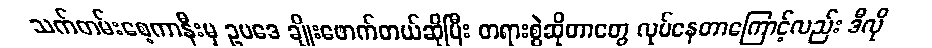
သက်တမ်းစေ့ကာနီးမှ ဥပဒေ ချိုးဖောက်တယ်ဆိုပြီး တရားစွဲဆိုတာတွေ လုပ်နေတာကြောင့်လည်း ဒီလို